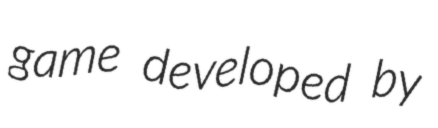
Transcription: game developed by